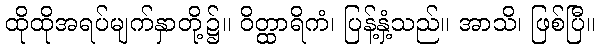
ထိုထိုအရပ်မျက်နှာတို့၌။ ဝိတ္ထာရိကံ၊ ပြန့်နှံ့သည်။ အာသိ၊ ဖြစ်ပြီ။